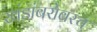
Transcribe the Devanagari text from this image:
खंडांबरोबरच